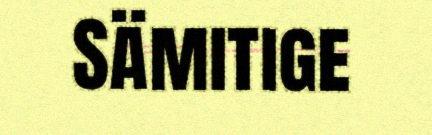
Sämitige